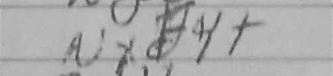
Transcription: Nxf4+